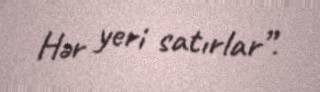
Hər yeri satırlar”.